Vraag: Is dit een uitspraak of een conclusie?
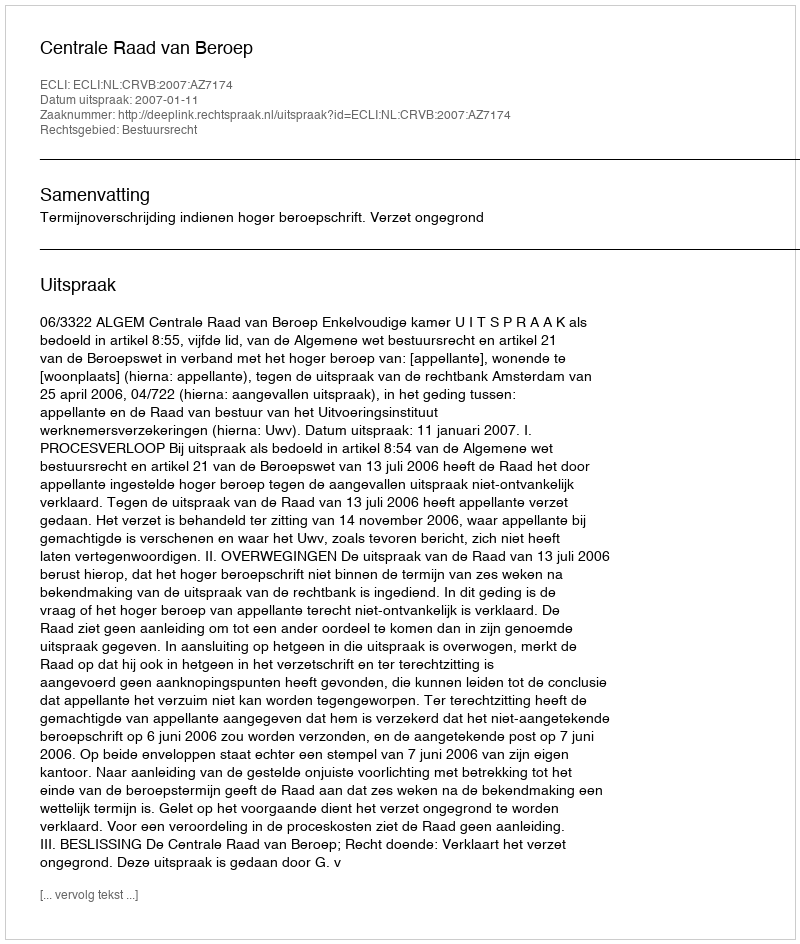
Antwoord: Uitspraak